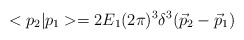
\begin{align*}<p_2|p_1>=2E_1(2\pi)^3\delta^3(\vec{p}_2-\vec{p}_1)\end{align*}